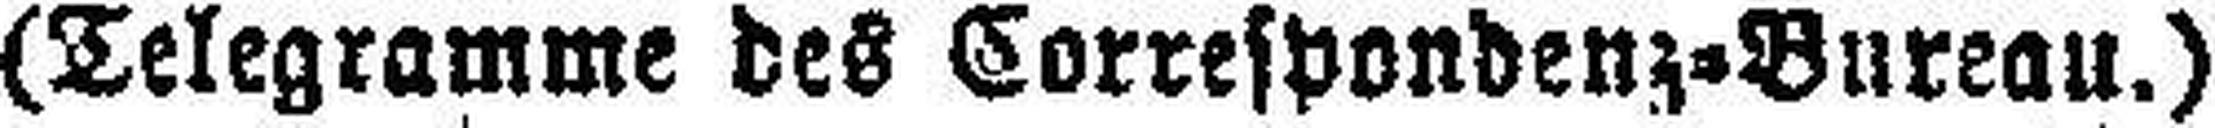
(Telegramme des Correspondenz=Bureau.)